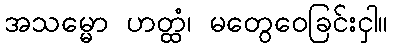
အသမ္မော ဟတ္ထံ၊ မတွေဝေခြင်းငှါ။